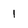
Character: 1